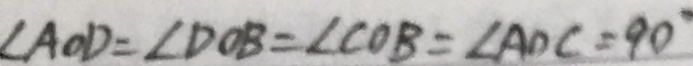
\angle A O D = \angle D O B = \angle C O B = \angle A D C = 9 0 ^ { \circ }